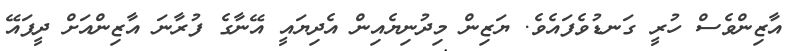
އާޒިންވެސް ހުރީ ގަނޑުވެފައެވެ. ޔަޒިން މިދުނިޔެއިން އެދިޔައީ އޭނާގެ ފުރާނަ އާޒިންއަށް ދީފައޭ